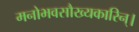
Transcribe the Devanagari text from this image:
मनोभवसौख्यकारिन्।